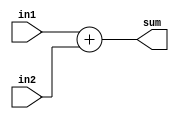
//////////////////////////////////////////////////////////////////////////////////
// Company: 
// Engineer: 
// 
// Design Name: 
// Module Name: Adder
// Project Name: 
// Target Devices: 
// Tool Versions: 
// Description: 
// 
// Dependencies: 
// 
// Revision:
// Revision 0.01 - File Created
// Additional Comments:
// 
//////////////////////////////////////////////////////////////////////////////////


module Adder #(parameter WL = 4)
            (input [WL - 1:0] in1,in2,
            output [WL-1:0] sum);
    assign sum = in1 + in2;
endmodule